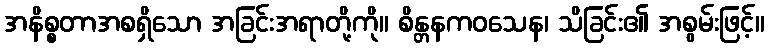
အနိစ္စတာအစရှိသော အခြင်းအရာတို့ကို။ စိန္တနကဝသေန၊ သိခြင်း၏ အစွမ်းဖြင့်။